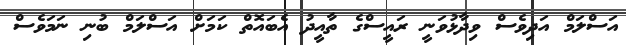
އަސްލަމް އަދިވެސް ވިދާޅުވަނީ ރައީސްގެ ތާއީދު އެބައޮތް ކަމަށް އަސްލަމް ބުނި ނަމަވެސް